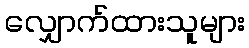
လျှောက်ထားသူများ